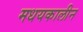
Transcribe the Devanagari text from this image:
मधयकालीन